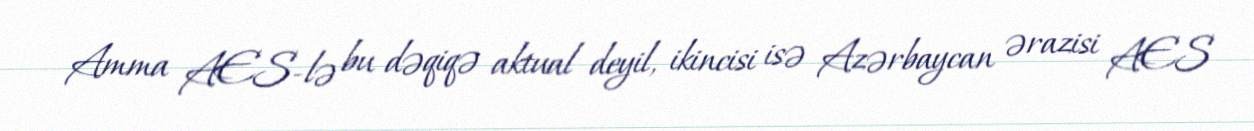
Amma AES-lə bu dəqiqə aktual deyil, ikincisi isə Azərbaycan ərazisi AES